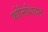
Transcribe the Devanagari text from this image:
फोनिशियन